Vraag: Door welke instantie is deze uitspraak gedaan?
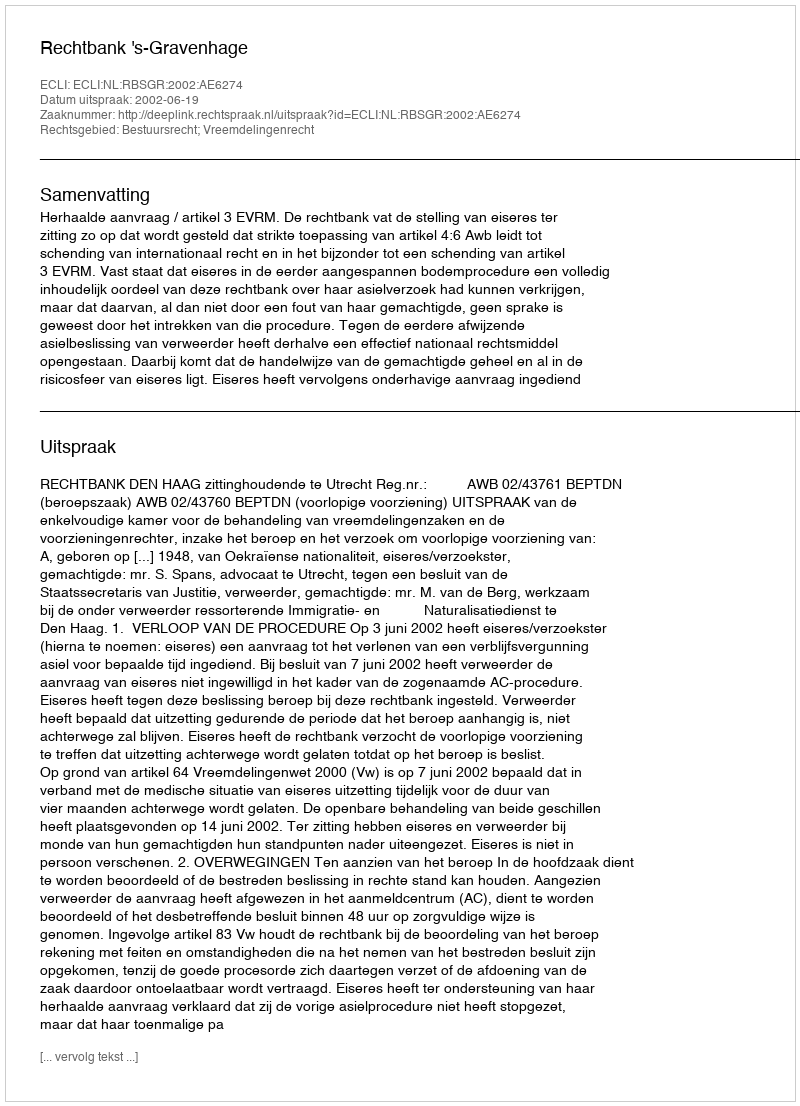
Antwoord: Rechtbank 's-Gravenhage